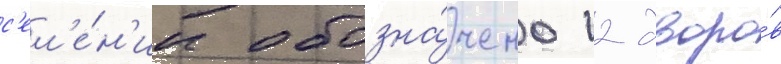
с'ел'е́н'ии обозна́чено 12 дворо́в